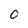
Character: O